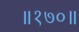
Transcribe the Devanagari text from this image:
॥१७०॥